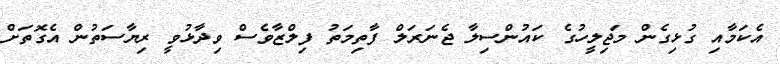
އެކަމާއި ގުޅިގެން މަޖިލީހުގެ ކައުންސިލާ ޖެނަރަލް ފާތިމަތު ފިލްޒާވެސް ވިދާޅުވީ ރިޔާސަތުން އެގޮތަށް